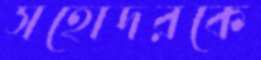
সহোদরকে